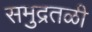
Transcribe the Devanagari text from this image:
समुद्रतळी